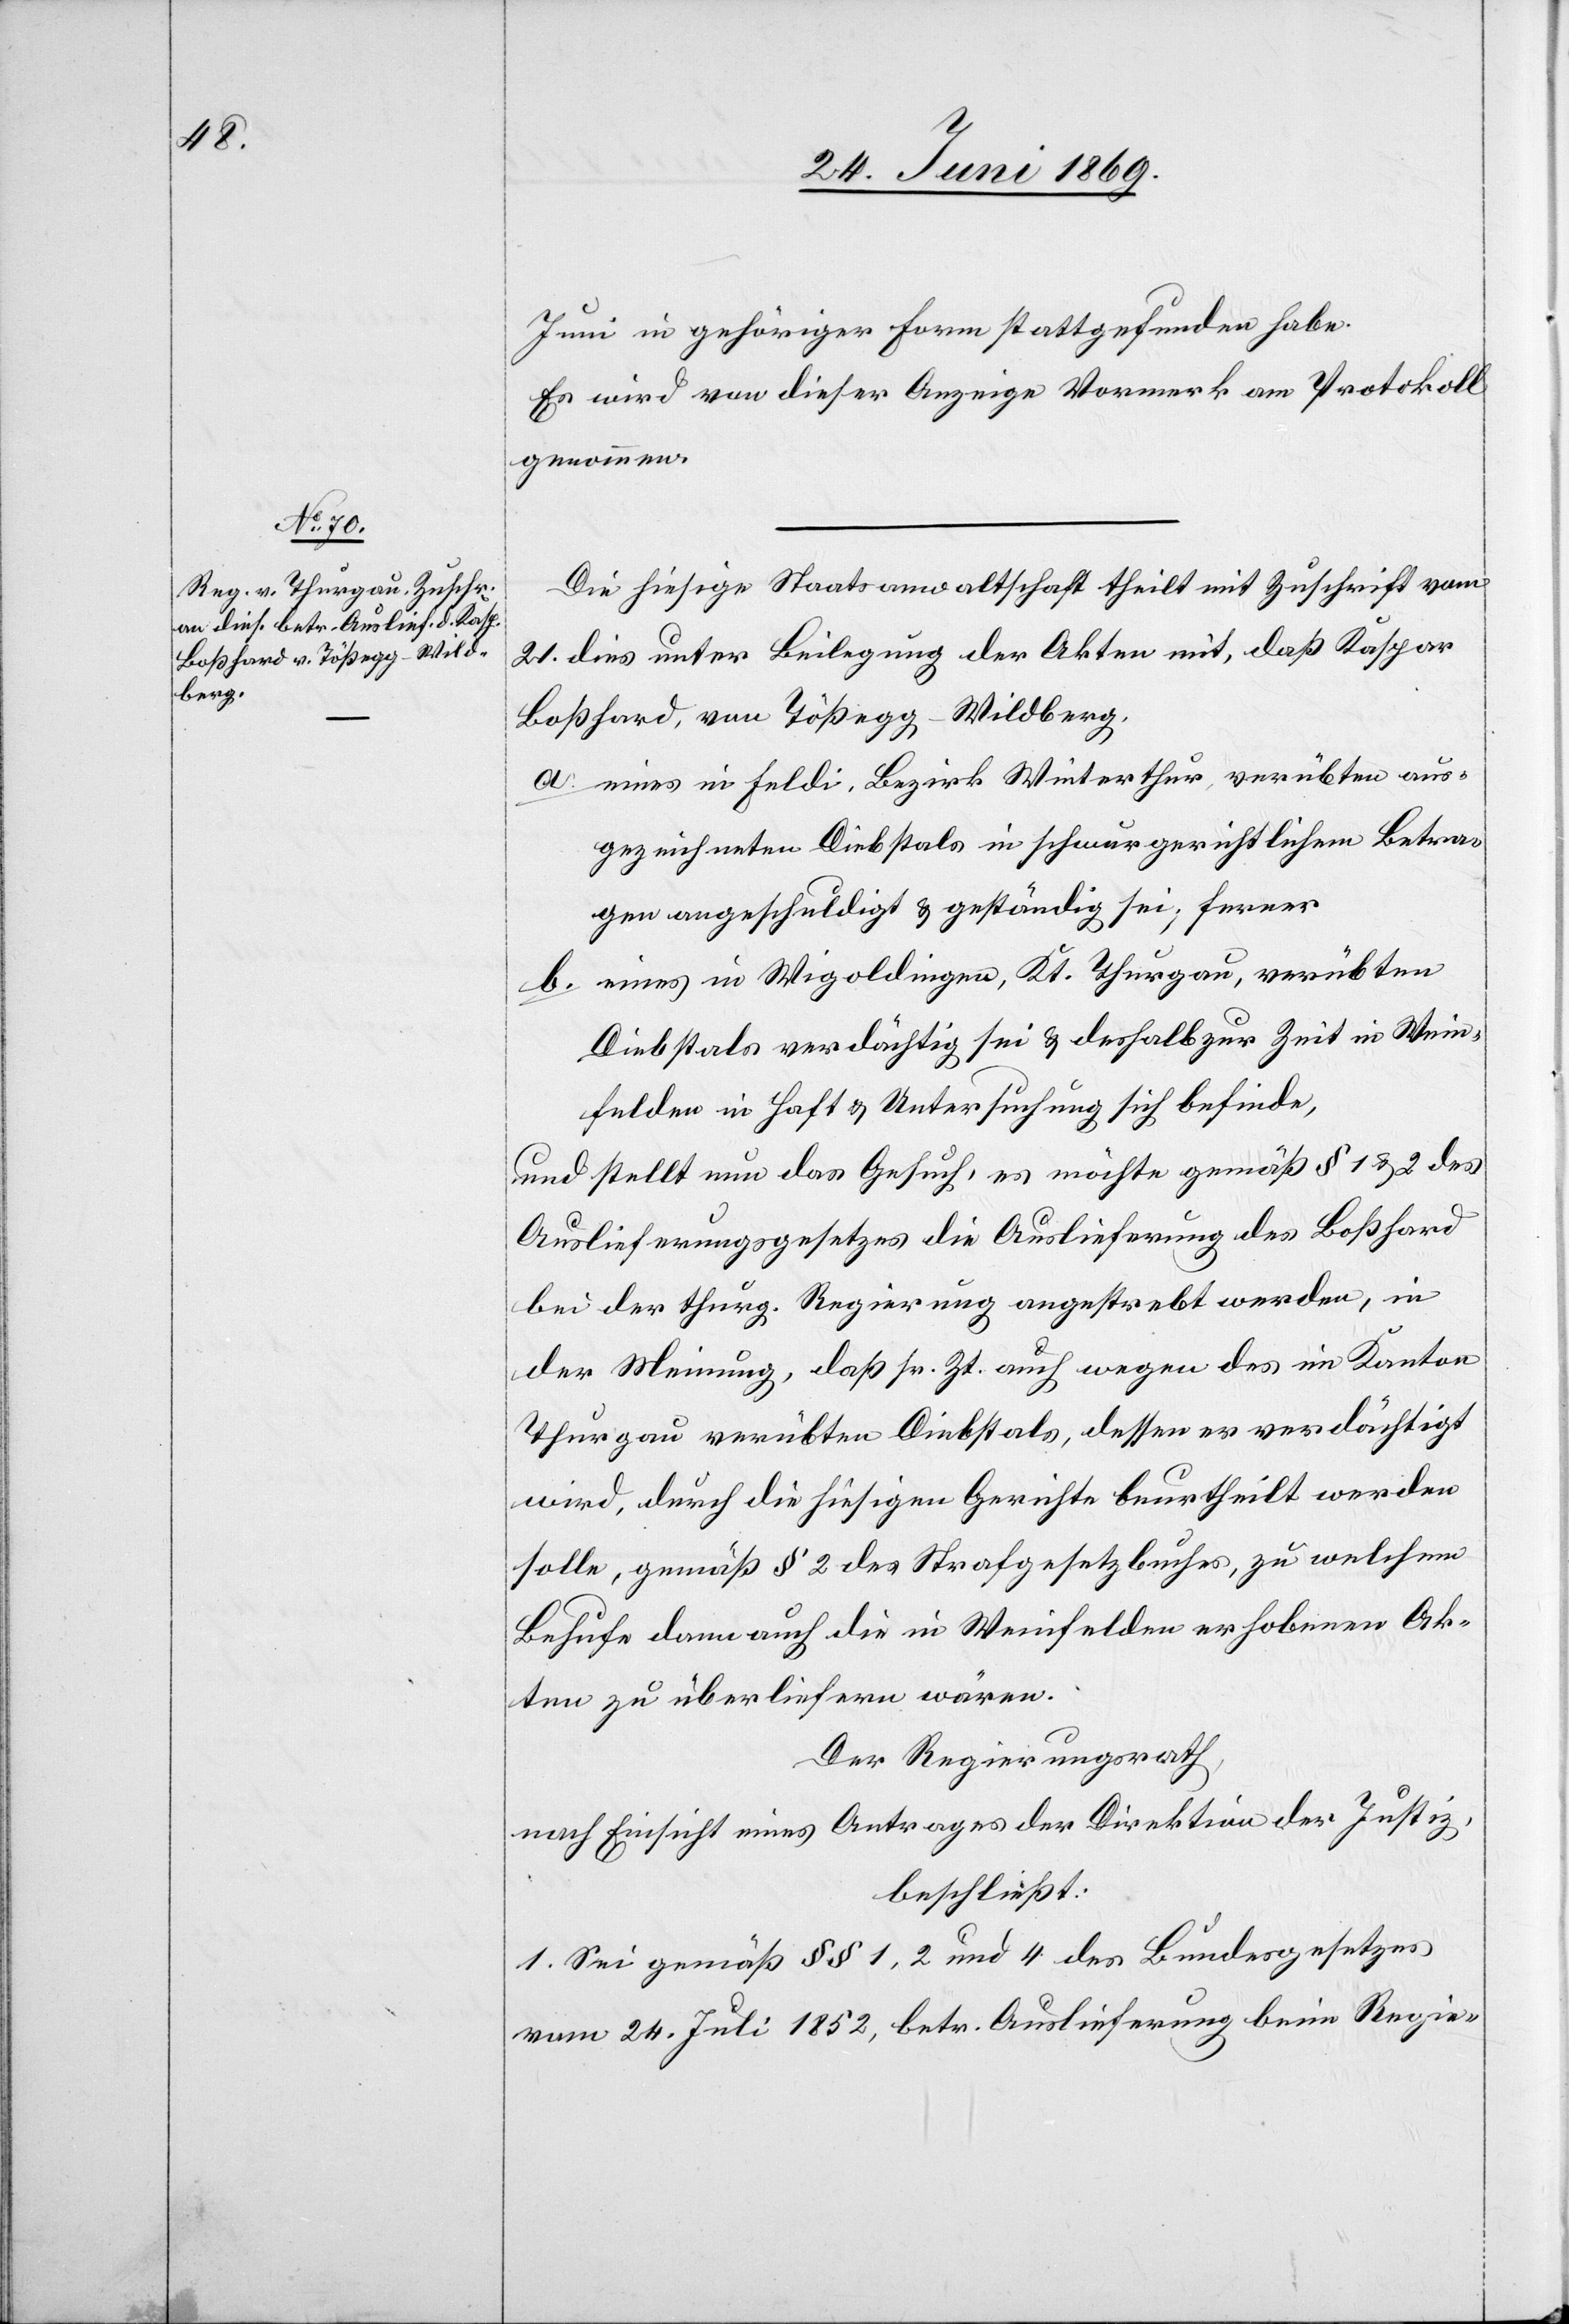
Juni in gehöriger Form stattgefunden habe.
Es wird von dieser Anzeige Vormerk am Protokoll
genommen.
Die hiesige Staatsanwaltschaft theilt mit Zuschrift vom
21. dies unter Bedingung der Akten mit, daß Kaspar
Boßhard, von Tößegg - Wildberg,
a. eines in Feldi, Bezirk Winterthur, verübten aus¬
gezeichneten Diebstals in schwurgerichtlichem Betra¬
gen angeschuldigt u. geständig sei; ferner
b. eines in Wigoldingen, Kt. Thurgau, verübten
Diebstals verdächtig sei u. deshalb zur Zeit in Wein¬
felden in Haft u. Untersuchung sich befinde,
und stellt nun das Gesuch, es möchte gemäß § 1 u. 2 des
Auslieferungsgesetzes die Auslieferung des Boßhard
bei der thurg. Regierung angestrebt werden, in
der Meinung, daß sr. Zt. auch wegen des im Kanton
Thurgau verübten Diebstals, dessen er verdächtigt
wird, durch die hiesigen Gerichte beurtheilt werden
solle, gemäß § 2 des Strafgesetzbuches, zu welchem
Behufe dann auch die in Weinfelden erhobenen Ak¬
ten zu überliefern wären.
Der Regierungsrath
nach Einsicht eines Antrages der Direktion der Justiz,
beschließt:
1. Sei gemäß §§ 1, 2 und 4 des Bundesgesetzes
vom 24. Juli 1852, betr. Auslieferung beim Regie-